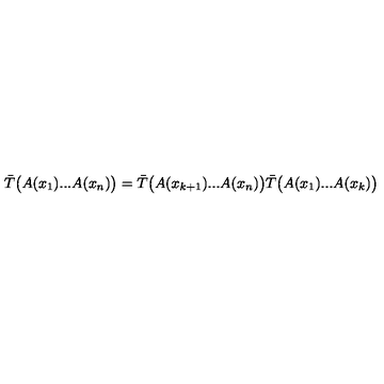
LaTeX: \bar { T } \bigl ( A ( x _ { 1 } ) . . . A ( x _ { n } ) \bigr ) = \bar { T } \bigl ( A ( x _ { k + 1 } ) . . . A ( x _ { n } ) \bigr ) \bar { T } \bigl ( A ( x _ { 1 } ) . . . A ( x _ { k } ) \bigr )